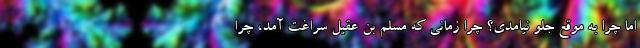
اما چرا به موقع جلو نیامدی؟ چرا زمانی که مسلم بن عقیل سراغت آمد، چرا